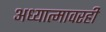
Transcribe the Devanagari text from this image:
अध्यात्मावरही